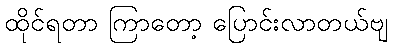
ထိုင်ရတာ ကြာတော့ ပြောင်းလာတယ်ဗျ